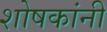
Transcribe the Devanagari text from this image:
शोषकांनी